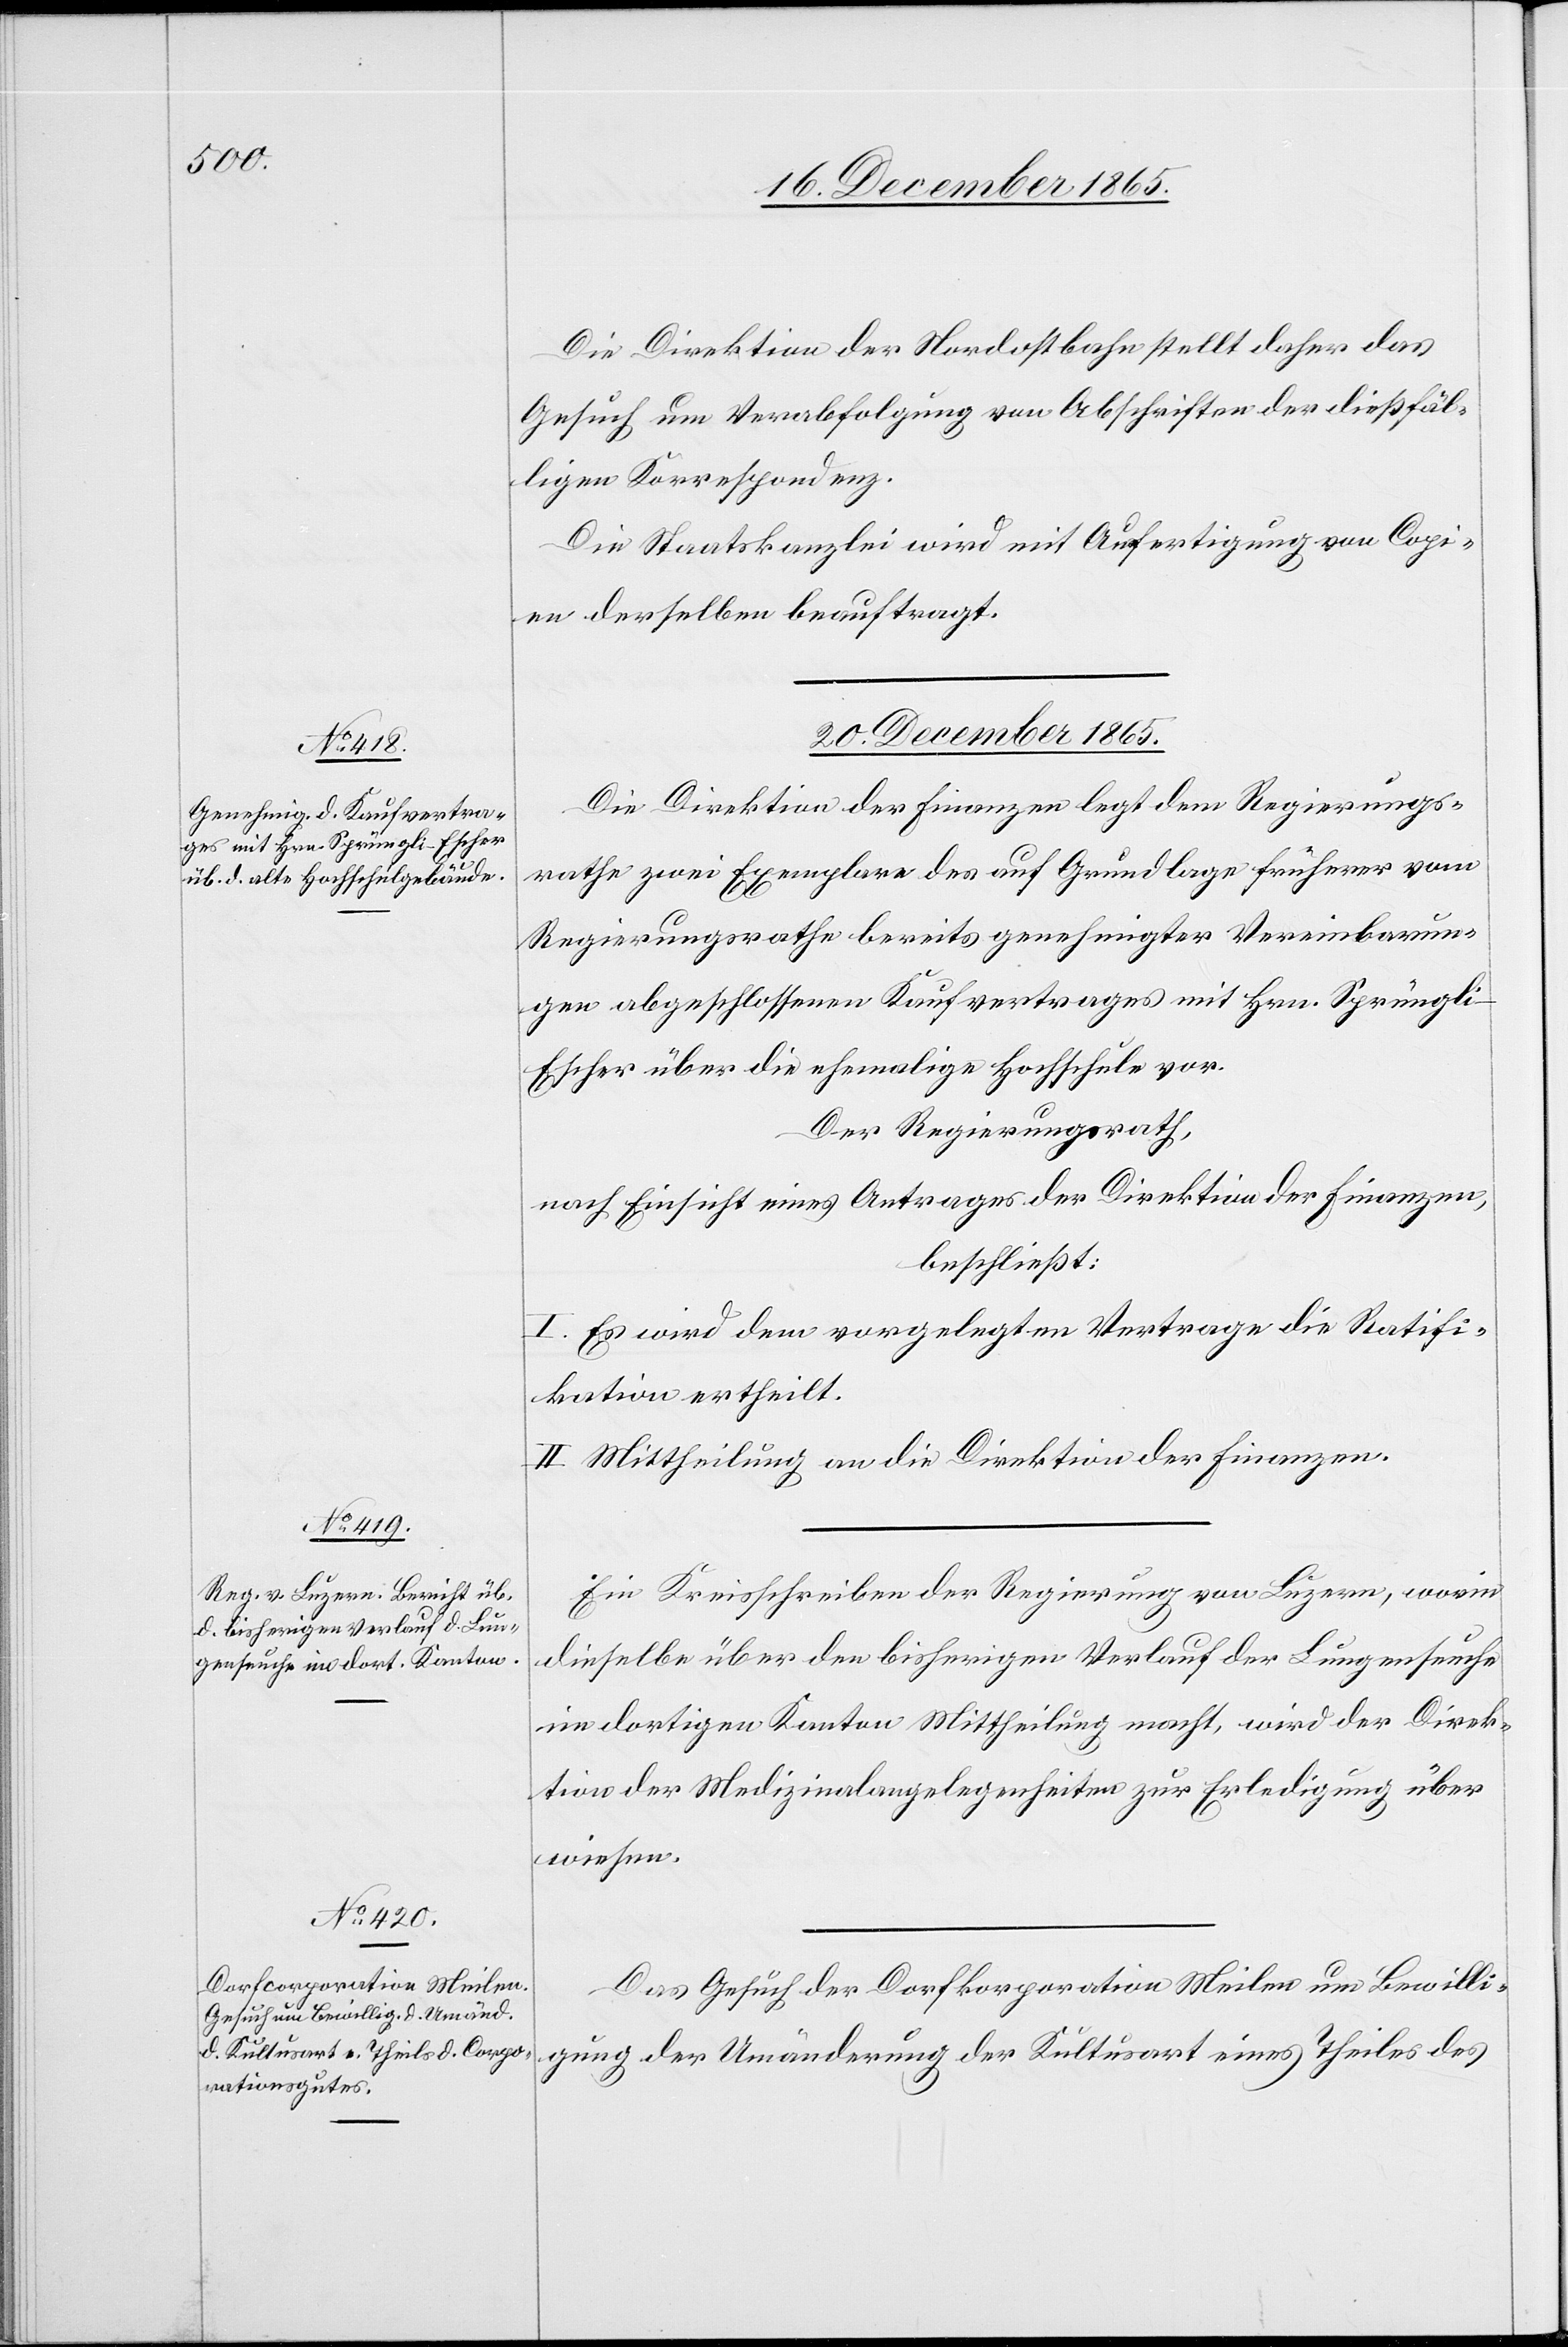
20. December 1865.]
Die Direktion der Nordostbahn stellt daher das
Gesuch um Verabfolgung von Abschriften der dießfäl¬
ligen Korrespondenz.
Die Staatskanzlei wird mit Anfertigung von Copi¬
en derselben beauftragt.
Die Direktion der Finanzen legt dem Regierungs¬
rathe zwei Exemplare des auf Grundlage früherer vom
Regierungsrathe bereits genehmigter Vereinbarun¬
gen abgeschlossenen Kaufvertrages mit Hrn. Sprüngl¬
i-Escher über die ehemalige Hochschule vor.
Der Regierungsrath,
nach Einsicht eines Antrages der Direktion der Finanzen,
beschließt:
I. Es wird dem vorgelegten Vertrage die Ratifi¬
kation ertheilt.
II. Mittheilung an die Direktion der Finanzen.
Ein Kreisschreiben der Regierung von Luzern, worin
dieselbe über den bisherigen Verlauf der Lungenseuche
im dortigen Kanton Mittheilung macht, wird der Direk¬
tion der Medizinalangelegenheiten zur Erledigung über¬
wiesen.
Das Gesuch der Dorfkorporation Meilen um Bewilli¬
gung der Umänderung der Kultusart eines Theils des